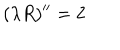
( \lambda R ) ^ { \prime \prime } = 2